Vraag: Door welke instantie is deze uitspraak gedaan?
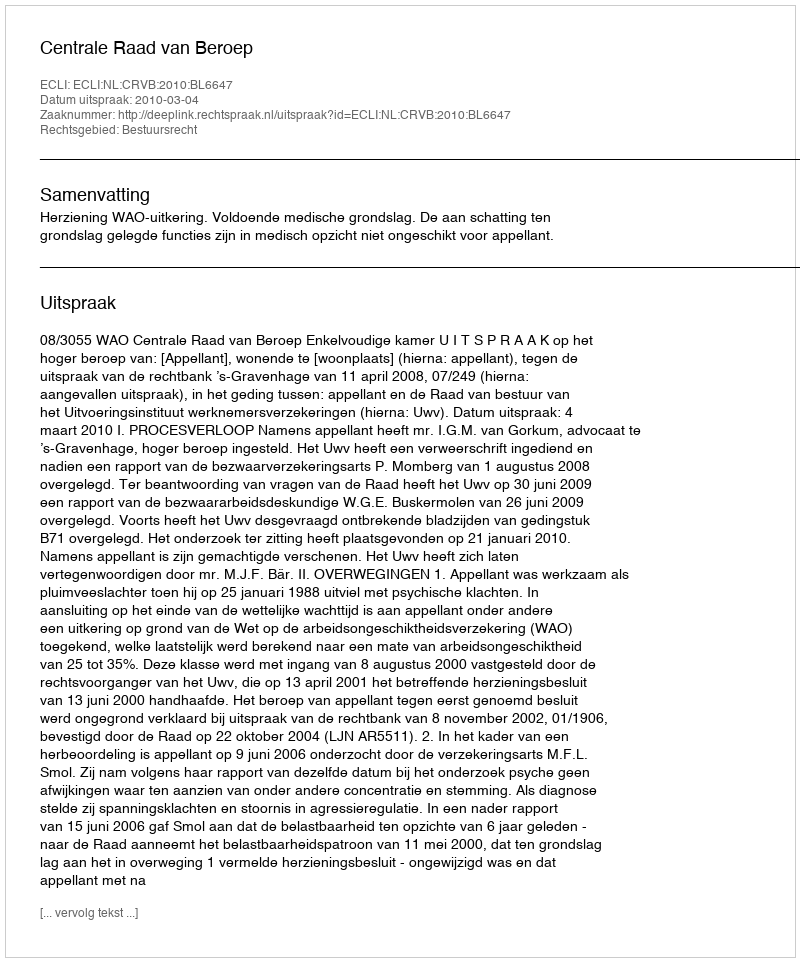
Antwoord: Centrale Raad van Beroep